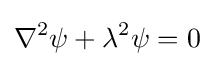
\nabla ^{2}\psi +\lambda ^{2}\psi =0